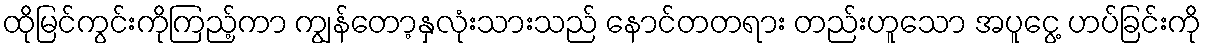
ထိုမြင်ကွင်းကိုကြည့်ကာ ကျွန်တော့နှလုံးသားသည် နောင်တတရား တည်းဟူသော အပူငွေ့ ဟပ်ခြင်းကို